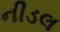
નીડલ